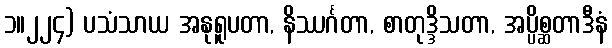
၁။၂၂၄) ပသံသာယ အနုရူပတာ, နိဿင်္ဂတာ, စာတုဒ္ဒိသတာ, အပ္ပိစ္ဆတာဒီနံ